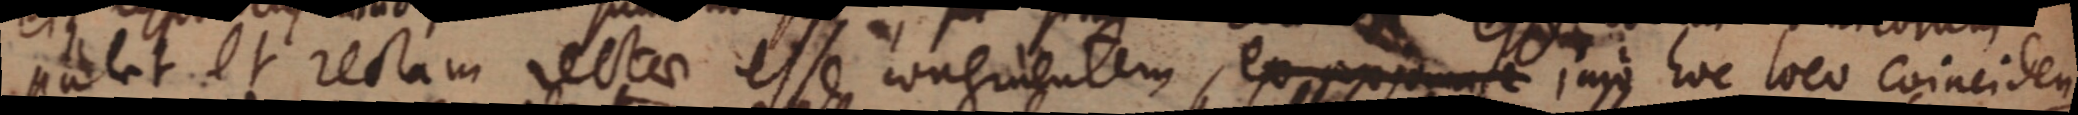
patet et rectam rectae esse congruentem, ex _ hoc loco coinciden